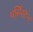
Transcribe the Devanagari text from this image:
पर्सिस्टेन्ट